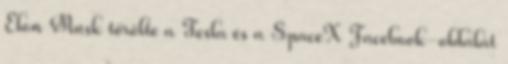
Elon Musk törölte a Tesla és a SpaceX Facebook-oldalát